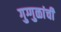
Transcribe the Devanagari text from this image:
गुग्गुळांची